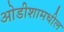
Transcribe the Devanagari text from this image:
ओडीशामधील